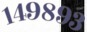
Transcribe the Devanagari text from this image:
१४९८९३